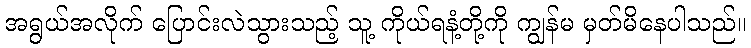
အရွယ်အလိုက် ပြောင်းလဲသွားသည့် သူ့ ကိုယ်ရနံ့တို့ကို ကျွန်မ မှတ်မိနေပါသည်။